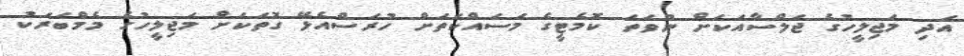
އަދި މަޖިލީހުގެ ޖަލްސާއަކަށް ނުވަތަ ކޮމެޓީގެ މަސައްކަތަށް ހުރަސްއެޅޭ ގޮތަކަށް މަޖިލީހުގެ މެމްބަރަކު